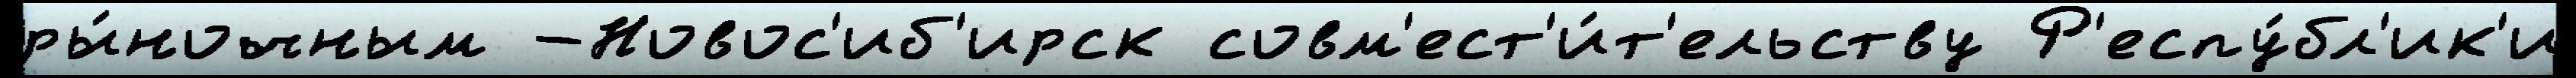
ры́ночным -Новос'иб'ирск совм'ест'и́т'ельству Р'еспу́бл'ик'и